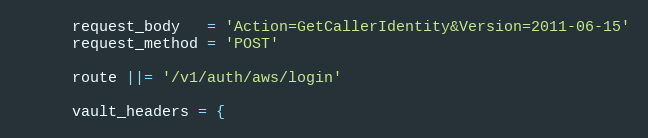
Language: Ruby
      request_body   = 'Action=GetCallerIdentity&Version=2011-06-15'
      request_method = 'POST'

      route ||= '/v1/auth/aws/login'

      vault_headers = {